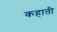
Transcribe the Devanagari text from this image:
कहाती